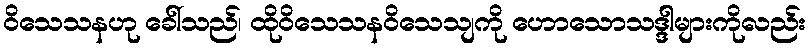
ဝိသေသနဟု ခေါ်သည်၊ ထိုဝိသေသနဝိသေသျကို ဟောသောသဒ္ဒါများကိုလည်း